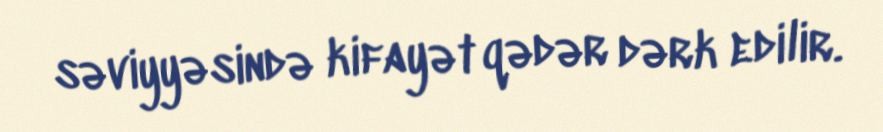
səviyyəsində kifayət qədər dərk edilir.